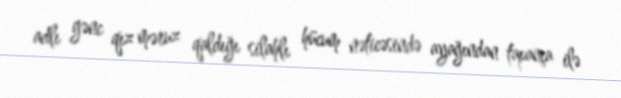
adlı gənc qız məruz qaldığı silahlı hücum nəticəsində ayağından tapança ilə